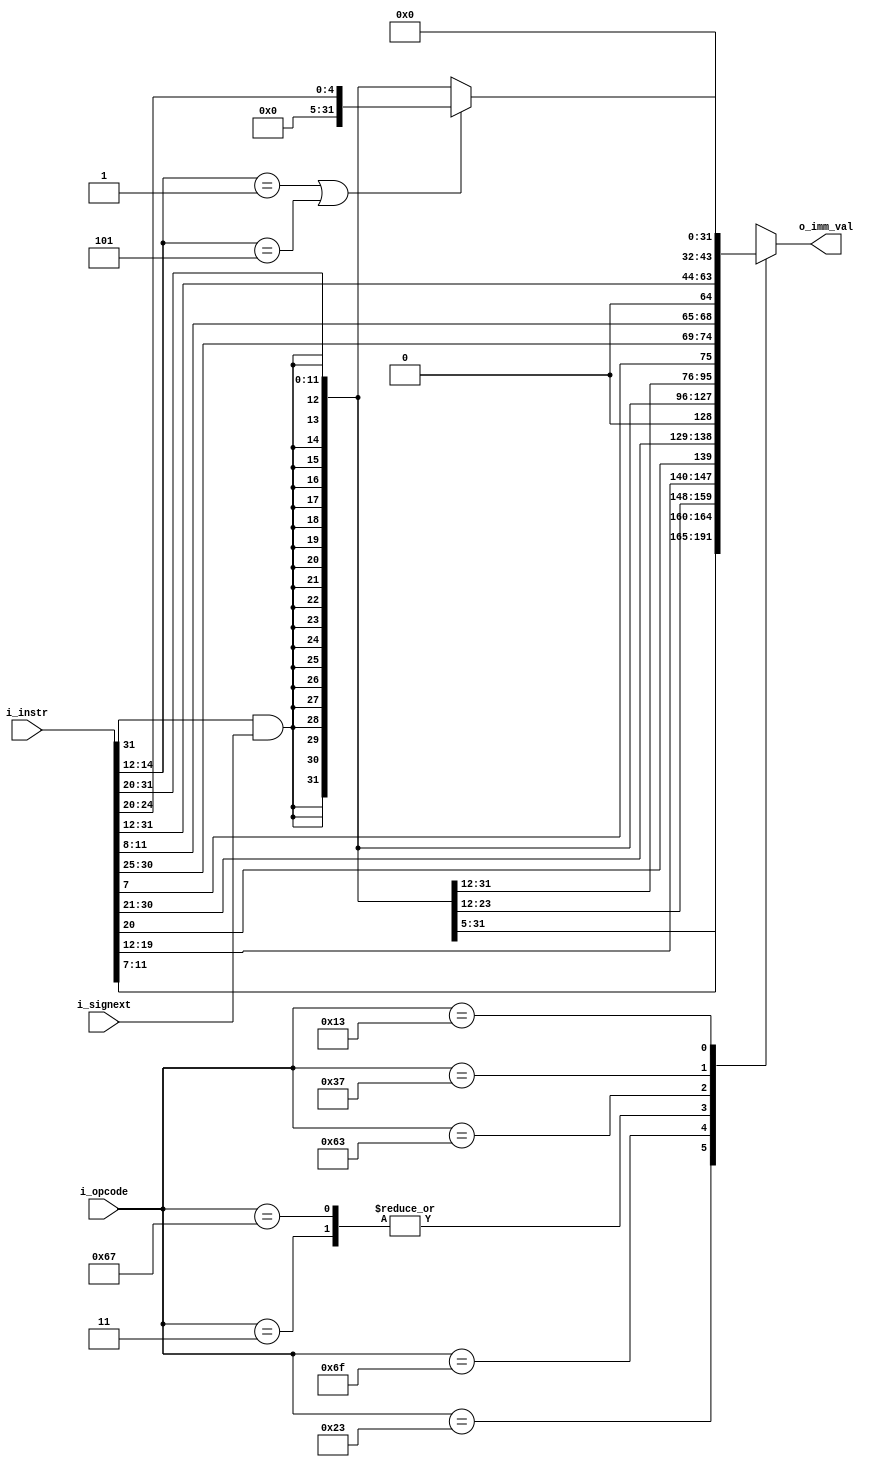
module imm_decode(
    input wire [31:0] i_instr,
    input wire [6:0] i_opcode,
    input wire i_signext,
    output reg [31:0] o_imm_val
);
    
    always @(i_instr or i_opcode)
    casex(i_opcode) // check opcode
        7'b0000011: o_imm_val <= { {20{i_instr[31]&i_signext}} , i_instr[31:20] };                                            // LW
        7'b0100011: o_imm_val <= { {20{i_instr[31]&i_signext}} , i_instr[31:25] , i_instr[11:7] };                            // SW
        7'b1101111: o_imm_val <= { {12{i_instr[31]&i_signext}} , i_instr[19:12] , i_instr[20] , i_instr[30:21] , 1'b0 };      // JAL
        7'b1100111: o_imm_val <= { {20{i_instr[31]&i_signext}} , i_instr[31:20] };                                            // JALR
        7'b1100011: o_imm_val <= { {20{i_instr[31]&i_signext}} , i_instr[7] , i_instr[30:25] , i_instr[11:8] , {1{1'b0}} };   // Branch
        7'b0110111: o_imm_val <= { i_instr[31:12], {12'b000000000000} };                                                      // lui
        7'b0010011: 
        begin
            if(i_instr[14:12] == 3'b001 | i_instr[14:12] == 3'b101)                                                           // slli/srli/srlai
                    o_imm_val <= { {27'b0} , i_instr[24:20] };
            else 
                o_imm_val <= { {20{i_instr[31]&i_signext}} , i_instr[31:20] };                                                // ADDI/ANDI/ORI/XORI                                            
        end
        default: o_imm_val <= 32'bx;
    endcase
    
endmodule